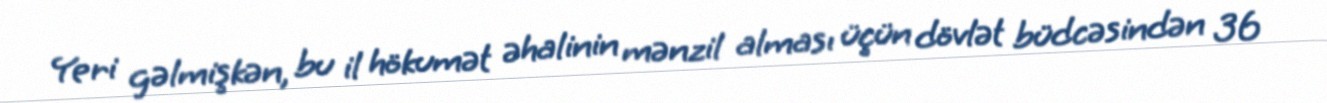
Yeri gəlmişkən, bu il hökumət əhalinin mənzil alması üçün dövlət büdcəsindən 36